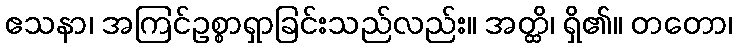
ဧသနာ၊ အကြင်ဥစ္စာရှာခြင်းသည်လည်း။ အတ္ထိ၊ ရှိ၏။ တတော၊